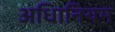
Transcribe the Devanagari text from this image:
अधिानियम